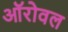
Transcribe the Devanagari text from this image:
ऑरोवल